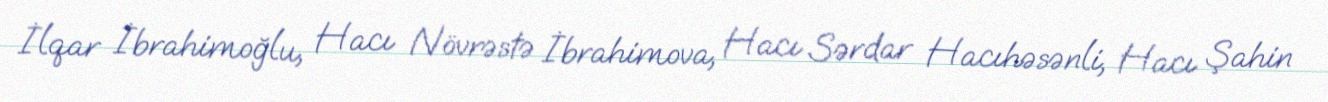
İlqar İbrahimoğlu, Hacı Növrəstə İbrahimova, Hacı Sərdar Hacıhəsənli, Hacı Şahin